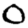
Digit: 0